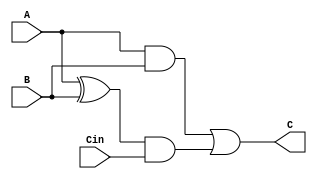
`timescale 1ns / 1ps
//////////////////////////////////////////////////////////////////////////////////
// Company: 
// Engineer: 
// 
// Design Name: 
// Module Name:    GP 
// Project Name: 
// Target Devices: 
// Tool versions: 
// Description: 
//
// Dependencies: 
//
// Revision: 
// Revision 0.01 - File Created
// Additional Comments: 
//
//////////////////////////////////////////////////////////////////////////////////
module GPC(
	input  A,
	input  B,
	input Cin,
	output C
    );

	assign G = A&B;
	assign P = A^B;
	assign C = G | (P & Cin);
	
endmodule